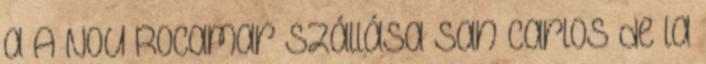
a A Nou Rocamar szállása San Carlos de la